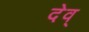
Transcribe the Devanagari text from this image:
देव्